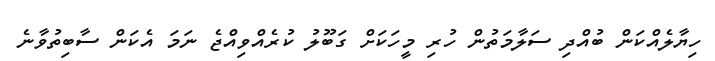
ހިޔާލެއްކަން ބުއްދި ސަލާމަތުން ހުރި މީހަކަށް ގަބޫލު ކުރެއްވިއްޖެ ނަމަ އެކަން ސާބިތުވާނެ